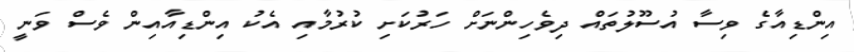
އިންޑިއާގެ ވިސާ އުސޫލުތައް ދިވެހިންނަށް ހަރުކަށި ކުރުމާއި އެކު އިންޑިއާއިން ވެސް ވަނީ